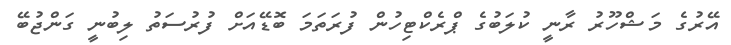
އޭރުގެ މަޝްހޫރު ރާނީ ކުލަބުގެ ޕްރެކްޓިހުން ފުރަތަމަ ބޮޑޭއަށް ފުރުސަތު ލިބުނީ ގަންޖުބޭ